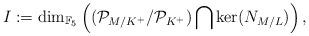
LaTeX: \begin{align*}I:=\dim_{\mathbb{F}_5}\left((\mathcal{P}_{M/K^+}/\mathcal{P}_{K^+})\bigcap\ker(N_{M/L})\right),\end{align*}